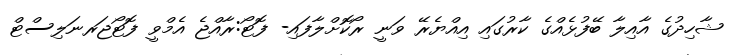
ޝާހިދުގެ އާއިލާ ބޭފުޅެއްގެ ކާރުގައި އިއްޔެރޭ ވަނީ ރޯކޮށްލާފައި- ފޮޓޯ:ރާއްޖެ އެމްވީ ފޮޓޯޖަރނަލިސްޓް